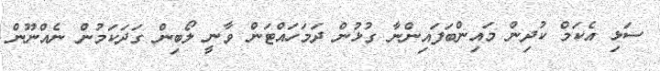
ސަޅި އެކަމް ކުދިން މައިންބަފައިންނާ ގުޅުން ދަމަހައްޓަން ވާނީ ލޯބިން ގަދަކަމުން ނެއްނޫން